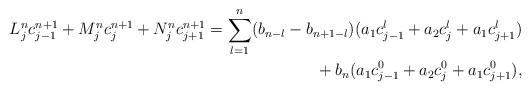
LaTeX: \begin{align*} L_j^n c_{j-1}^{n+1}+M_j^n c_{j}^{n+1}+N_j^n c_{j+1}^{n+1}=\sum\limits_{l=1}^{n} (b_{n-l}-b_{n+1-l})(a_1c_{j-1}^{l}+a_2c_{j}^{l}+a_1c_{j+1}^{l})\\{}+b_n(a_1c_{j-1}^{0}+a_2c_{j}^{0}+a_1c_{j+1}^{0}), \end{align*}